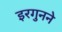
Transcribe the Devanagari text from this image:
इरगुनने